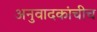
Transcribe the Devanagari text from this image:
अनुवादकांचीच